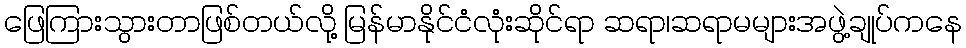
ဖြေကြားသွားတာဖြစ်တယ်လို့ မြန်မာနိုင်ငံလုံးဆိုင်ရာ ဆရာ၊ဆရာမများအဖွဲ့ချုပ်ကနေ